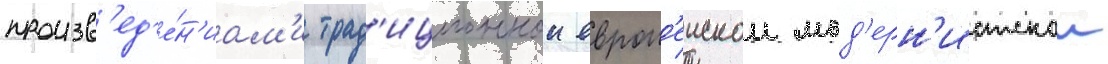
произв'ед'е́н'иам'и трад'иционнои европ'еискои мод'ерн'истскои